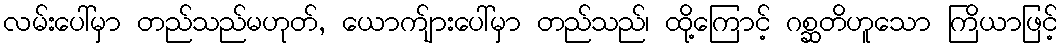
လမ်းပေါ်မှာ တည်သည်မဟုတ်, ယောက်ျားပေါ်မှာ တည်သည်၊ ထို့ကြောင့် ဂစ္ဆတိဟူသော ကြိယာဖြင့်